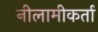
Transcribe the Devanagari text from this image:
नीलामीकर्ता